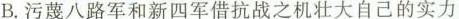
B.污蔑八路军和新四军借抗战之机壮大自己的实力